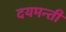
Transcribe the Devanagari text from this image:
दयमन्ती